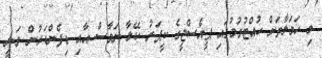
މި ހަމަލާތަށް ހުއްޓުވުމުގައި ޕީއެސްޖީގެ ކީޕަރު ކޭލާ ނަވާސް އާއި ޑިފެންޑަރުން ވަނީ